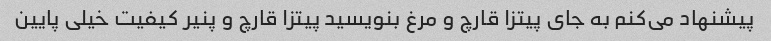
پیشنهاد می‌کنم به جای پیتزا قارچ و مرغ بنویسید پیتزا قارچ و پنیر کیفیت خیلی پایین